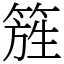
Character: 𥰁